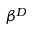
\beta ^ { D }